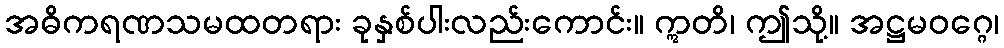
အဓိကရဏသမထတရား ခုနှစ်ပါးလည်းကောင်း။ ဣတိ၊ ဤသို့။ အဋ္ဌမဝဂ္ဂေ၊